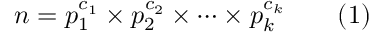
n = p _ { 1 } ^ { c _ { 1 } } \times p _ { 2 } ^ { c _ { 2 } } \times \cdots \times p _ { k } ^ { c _ { k } } \qquad ( 1 )